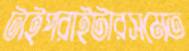
টাইপরাইটারসমেত